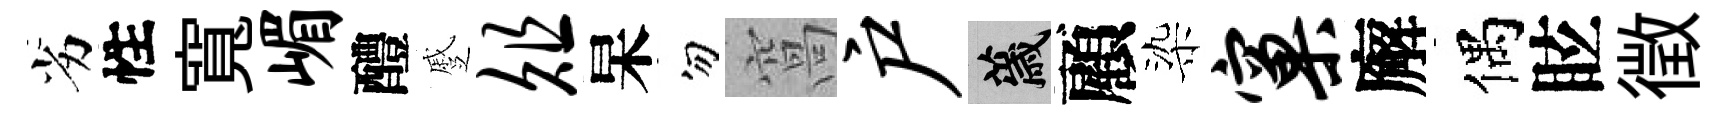
劣性寬嵋醴蹙俎杲勿窩户薉顧染窠廨偶眩徴